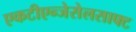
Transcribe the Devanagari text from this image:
एकटीएन्जेसेलसाफ्ट